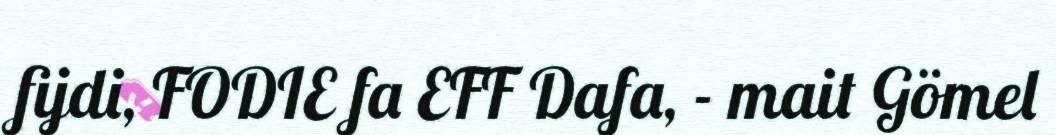
fijdi, FODIE fa EFF Dafa, - mait Gömel